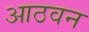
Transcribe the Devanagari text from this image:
आठवन